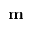
\mathbf { m }